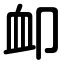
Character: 卹